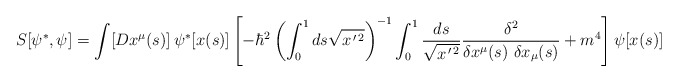
\begin{align*}S[\psi^*,\psi]=\int [Dx^\mu(s)]\,\psi^*[x(s)]\left[-\hbar^2\left(\int_0^1 ds\sqrt{x^{\,\prime\, 2}}\right)^{-1}\int_0^1 {ds\over\sqrt{x^{\,\prime\, 2}}}{\delta^2\over \delta x^\mu(s)\ \delta x_\mu(s)} +m^4\right]\psi[x(s)]\\\end{align*}